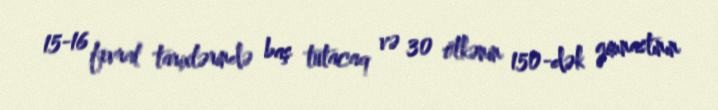
15-16 fevral tarixlərində baş tutacaq və 30 ölkənin 150-dək gimnastının